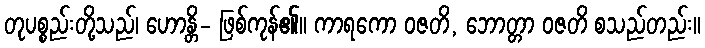
တုပစ္စည်းတို့သည်၊ ဟောန္တိ- ဖြစ်ကုန်၏။ ကာရကော ဝဇတိ, ဘောတ္တာ ဝဇတိ စသည်တည်း။